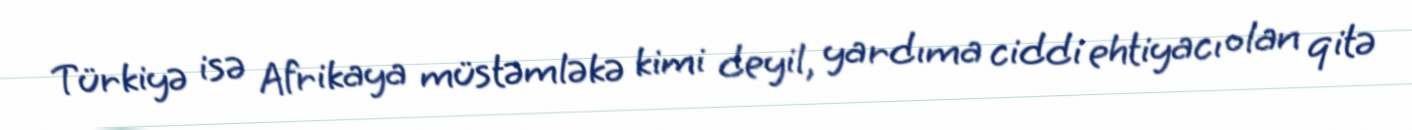
Türkiyə isə Afrikaya müstəmləkə kimi deyil, yardıma ciddi ehtiyacı olan qitə